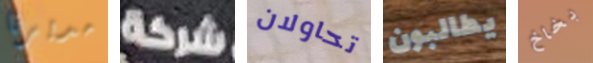
مديرنا شركة تحاولان يطالبون بخاخ